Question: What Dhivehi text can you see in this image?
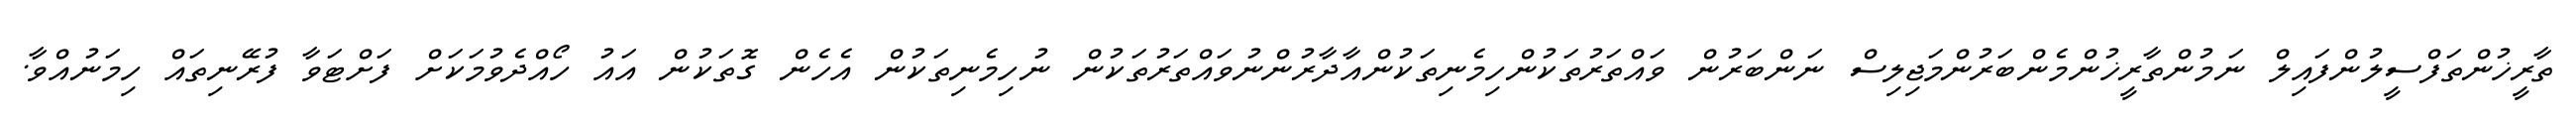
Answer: ތާރީޚުންތަފްސީލުންފައިލް ނަމުންތާރީޚުންމެންބަރުންމަޖިލިސް ނަންބަރުން ވައްތަރުތަކުންހިމެނިތަކުންއާދާރުންނުވައްތަރުތަކުން ނުހިމެނިތަކުން އެހެން ގޮތަކުން އައު ހޯއްދެވުމަކަށް ފަށްޓަވާ ފުރޭނިތައް ހިމަނުއްވާ.